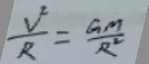
\frac { V ^ { 2 } } { R } = \frac { G M } { R ^ { 2 } }